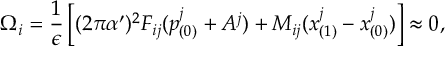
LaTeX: \Omega _ { i } = \frac { 1 } { \epsilon } \left[ ( 2 \pi \alpha ^ { \prime } ) ^ { 2 } { \cal F } _ { i j } ( p _ { ( 0 ) } ^ { j } + A ^ { j } ) + M _ { i j } ( x _ { ( 1 ) } ^ { j } - x _ { ( 0 ) } ^ { j } ) \right] \approx 0 ,